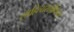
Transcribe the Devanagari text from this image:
साहित्यसमीक्षेच्या